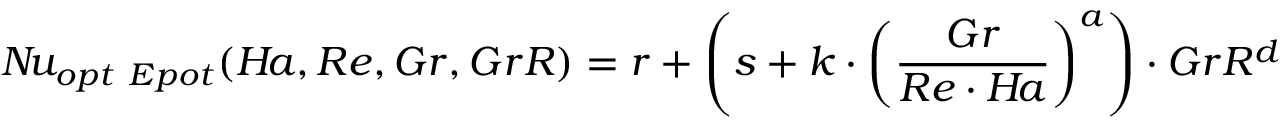
N \! u _ { o p t \ E p o t } ( H \! a , R e , G r , G r R ) = r + \left( s + k \cdot \left( \frac { G r } { R e \cdot H \! a } \right) ^ { a } \right) \cdot G r R ^ { d }